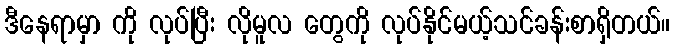
ဒီနေရာမှာ ကို လုပ်ပြီး လိုမူလ တွေကို လုပ်နိုင်မယ့်သင်ခန်းစာရှိတယ်။